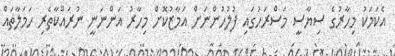
އެކަމަކު މިހާރުގެ ސިޔާސީ މަސްރަހުގައި ފުލުހުންނަށް އަމާޒުކޮށް މިހާރު އަންނަނީ ނުރައްކާތެރި ހަމަލާތައް